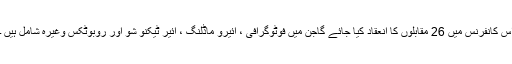
اس کانفرنس میں 26 مقابلوں کا انعقاد کیا جائے گاجن میں فوٹوگرافی ، ائیرو ماڈلنگ ، ائیر ٹیکنو شو اور روبوٹکس وغیرہ شامل ہیں ۔